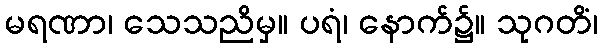
မရဏာ၊ သေသညိမှ။ ပရံ၊ နောက်၌။ သုဂတိံ၊